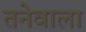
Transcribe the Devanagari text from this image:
तनेवाला